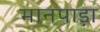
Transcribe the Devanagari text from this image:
मानपाड़ा